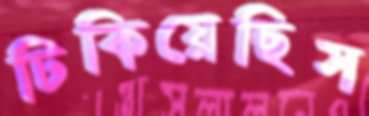
ঢিকিয়েছিস